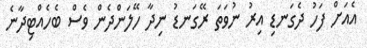
އެއަށް ފަހު ދެގަނޑި އިރު ނުވަތަ ރޭގަނޑު ނިދާ ހޭލަންދެން ވެސް ބެހެއްޓިދާނެ